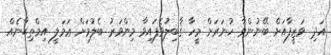
އަދި ވަޒީފާއަށް ބޭނުންވާ ހުނަރަށް މީހާ ޤާބިލުވެފައިވާ މިންވަރު ބެލުމަށް ޢަމަލީ އިމްތިޙާނެއް